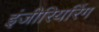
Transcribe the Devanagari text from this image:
इंजीरियरिंग